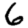
Digit: 6